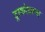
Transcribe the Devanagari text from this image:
ट्राकोग्रामा